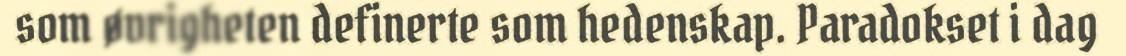
som øvrigheten definerte som hedenskap. Paradokset i dag